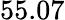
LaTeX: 55.07